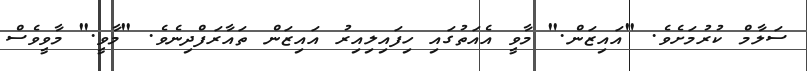
ސަލާމް ކުރުމަށެވެ. "އައިޒަން." މާވީ އެއަތުގައި ހިފައިލިއިރު އައިޒަން ތައާރަފްދިނެވެ. "މާވީ." މާވީވެސް